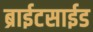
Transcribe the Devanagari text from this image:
ब्राईटसाईड